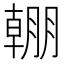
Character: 𣎠